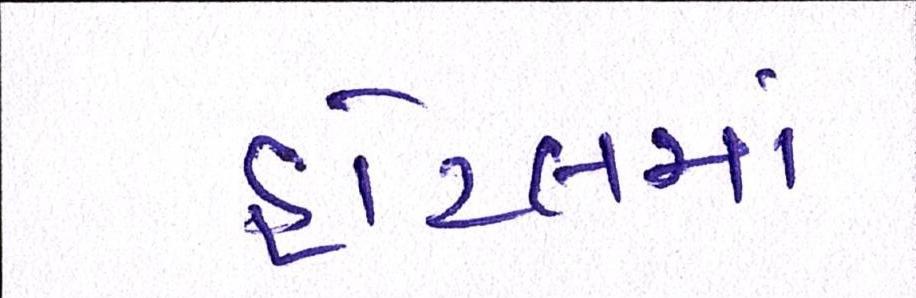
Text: હોટલમાં